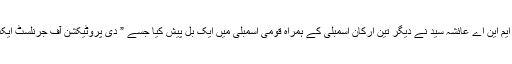
2014 میں سوات کی خاتون ایم این اے عائشہ سید نے دیگر تین ارکان اسمبلی کے ہمراہ قومی اسمبلی میں ایک بل پیش کیا جسے ” دی پروٹیکشن آف جرنلسٹ ایکٹ 2014” کا نام دیا گیا تھا ۔